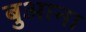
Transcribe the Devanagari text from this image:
बुआना